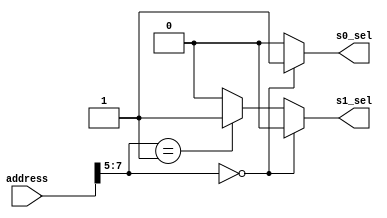
module bus_addr(address, s0_sel, s1_sel); // address decoder
	
	// input port & output ports
	input [7:0] address;
	output reg s0_sel, s1_sel;
	
	wire [2:0] upper_3bit;
	
	assign upper_3bit = address[7:5]; // Save upper 3 bits only
	
	always @ (*) begin
		if(upper_3bit == 3'b000) {s0_sel, s1_sel} = 2'b10;			// s0_sel = 1'b1, s1_sel = 1'b0
		else if (upper_3bit == 3'b001) {s0_sel, s1_sel} = 2'b01;	// s0_sel = 1'b0, s1_sel = 1'b1
		else {s0_sel, s1_sel} = 2'b00;									// s0_sel = 1'b0, s1_sel = 1'b0
	end
	
endmodule